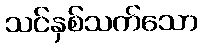
သင်နှစ်သက်သော